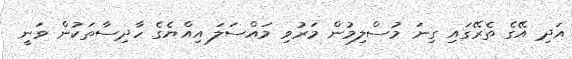
އަދި އޭގެ ތެރޭގައި ގިނަ މުސްލިމުން މަރުވި މައްސަލަ އިއްޔެގެ ހާދިސާތަކުން ވަނީ